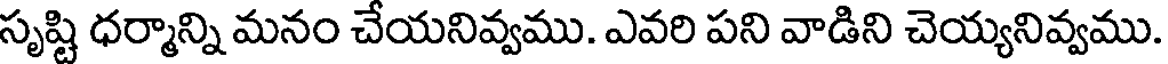
సృష్టి ధర్మాన్ని మనం చేయనివ్వము. ఎవరి పని వాడిని చెయ్యనివ్వము.